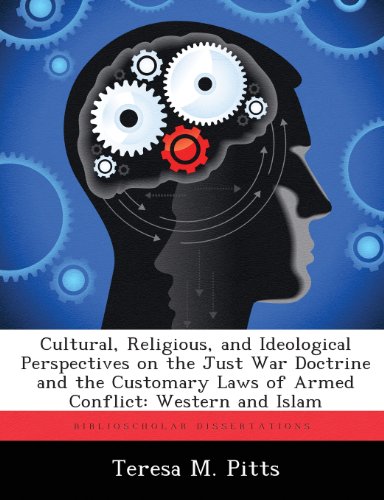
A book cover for Cultural, Religious, and Ideological Perspectives on the Just War Doctrine and the Customary Laws of Armed Conflict: Western and Islam; Teresa M. Pitts; Law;